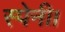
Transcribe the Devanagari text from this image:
स्पेनी।